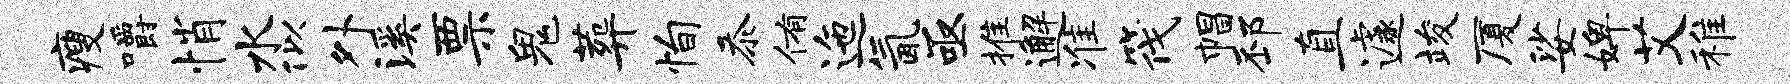
瘦嚼悄水似外溪票鬼葬恂忝侑迤氤亟推邂准筏帽邳直遽竣厦娑婢艾稚